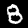
Label: 8